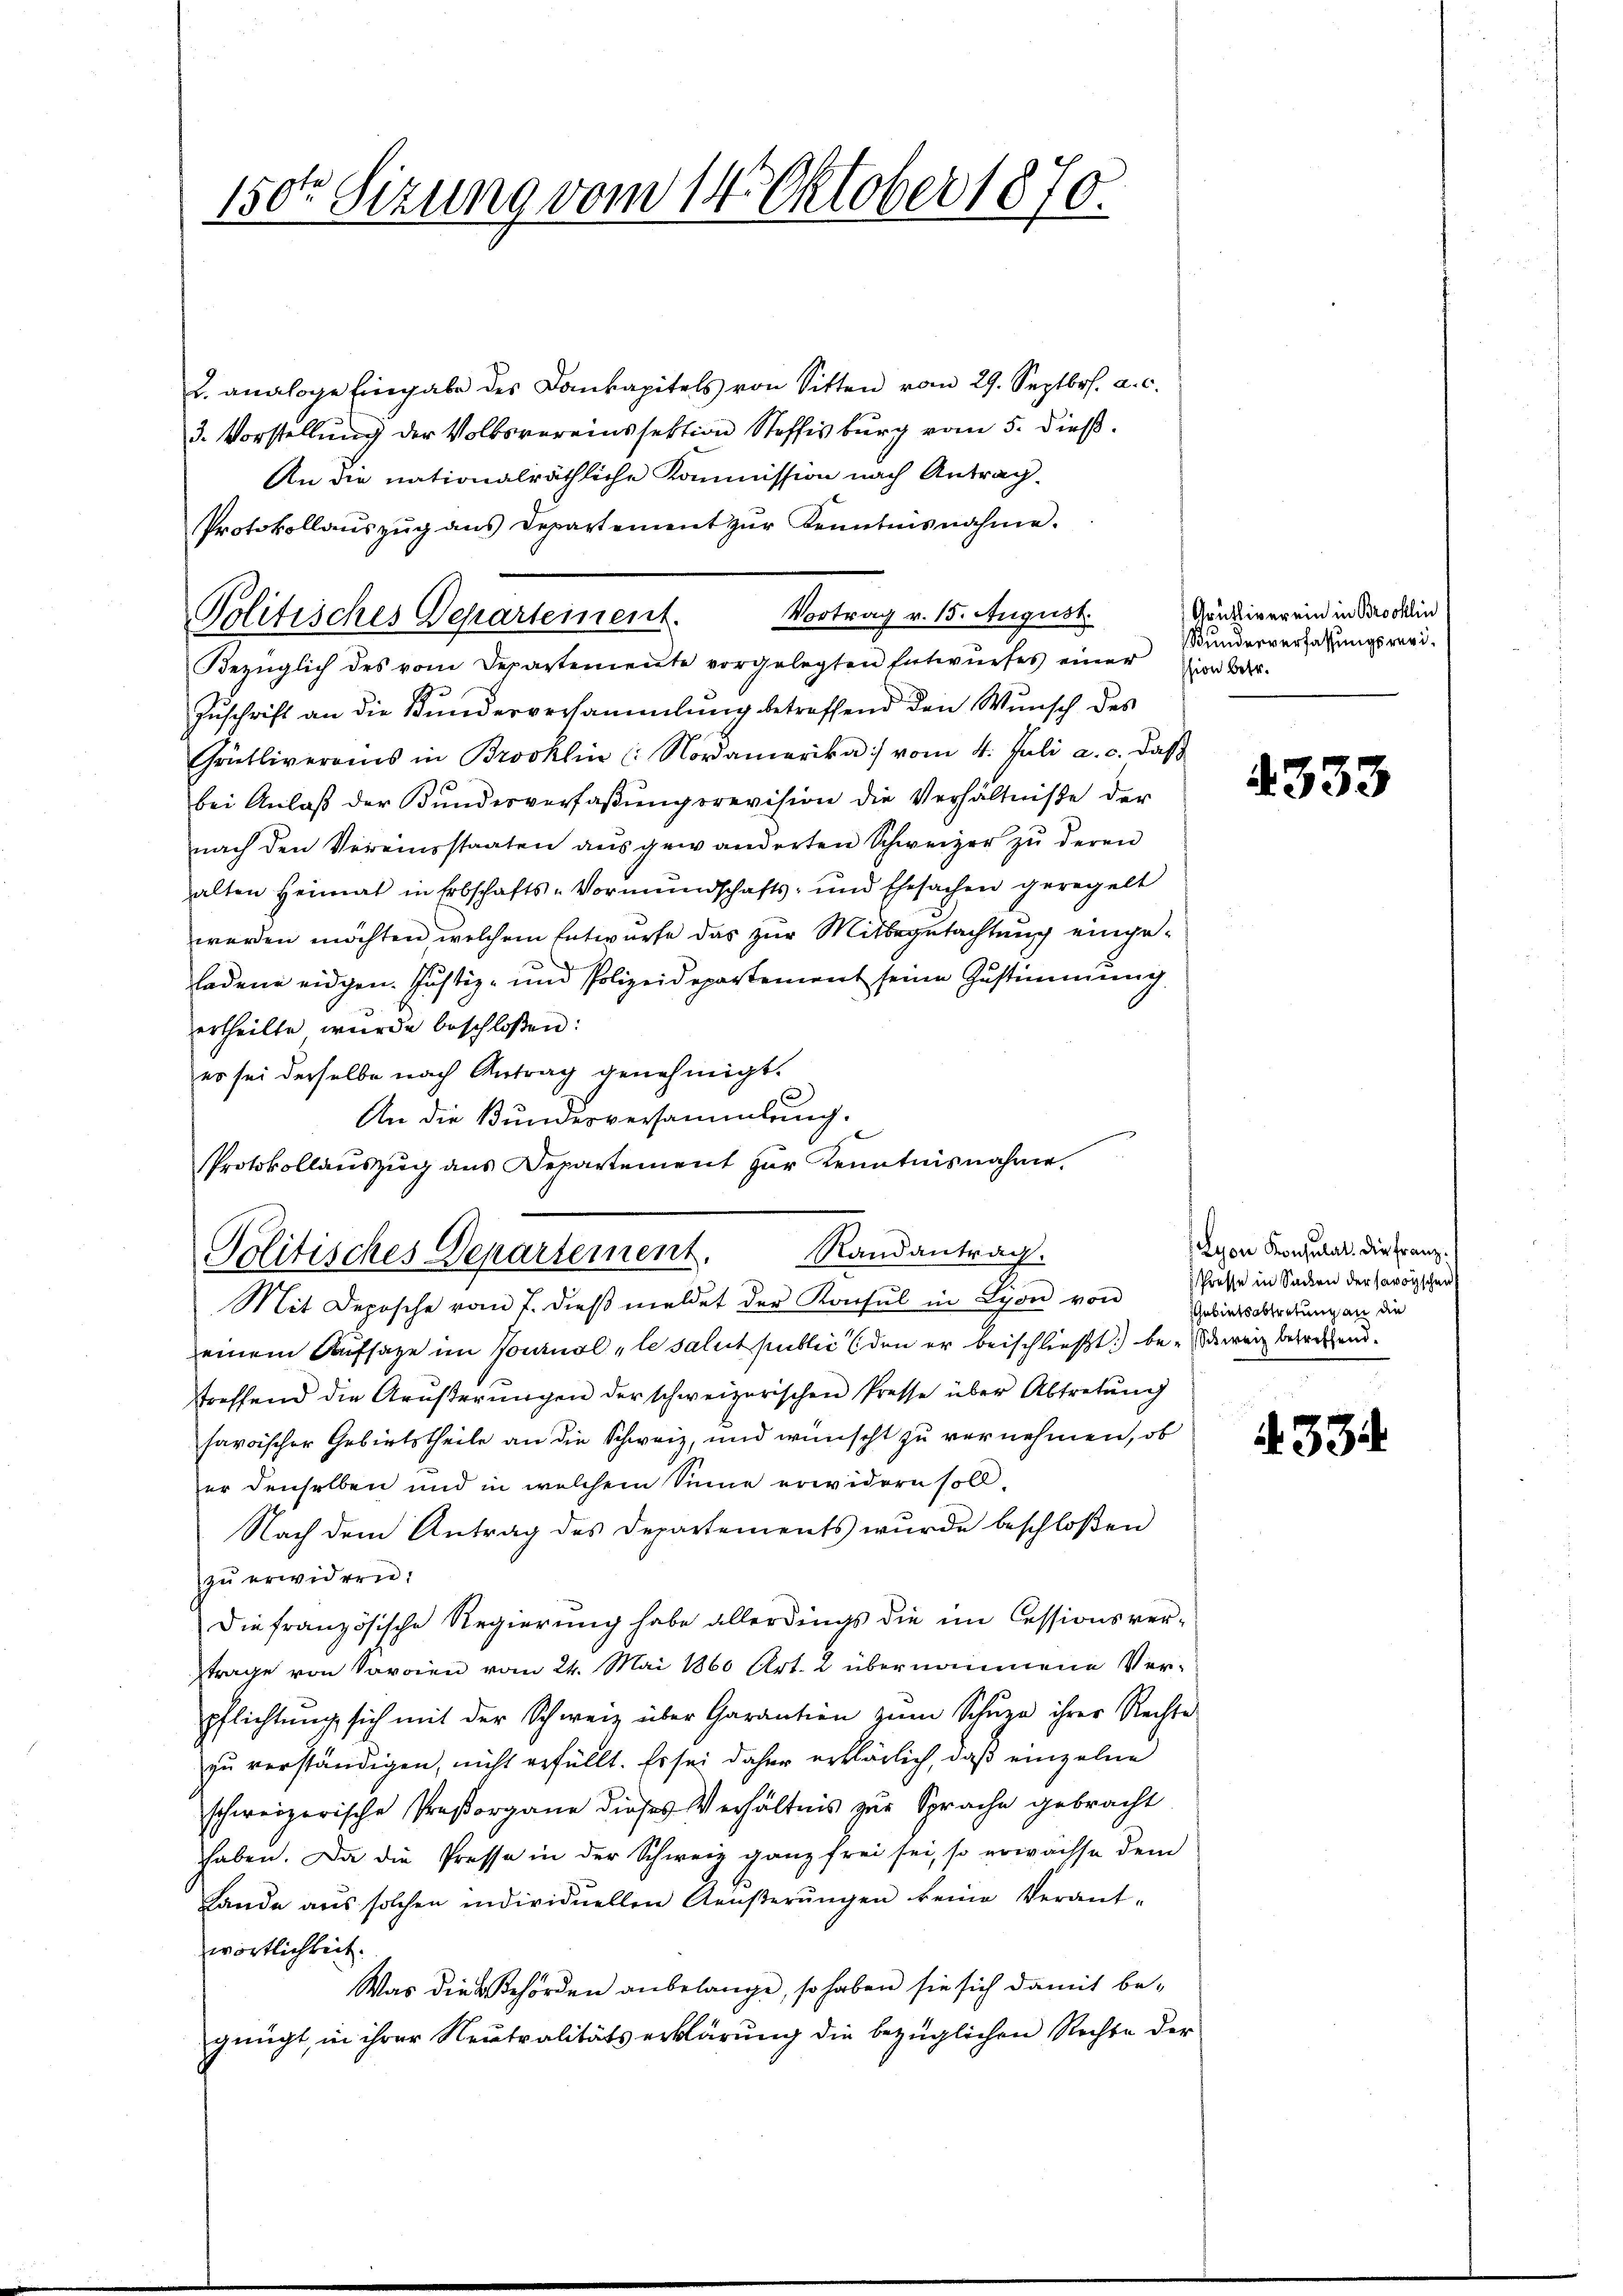
150ten Sizung vom 14. Oktober 1870.

2. analoge Eingabe des Dankapitels von Sitten vom 29. Septbr. a. c.
3. Vorstellung der Volksvereinssektion Steffisburg vom 5. dieß.
An die nationalräthliche Kommission nach Antrag.
Protokollaŭszŭg ans Departement zŭr Kenntnisnahme.
Bezüglich des vom Departemente vorgelegten Entwŭrfes einer Einbar-
Zŭschrift an die Kunderversammlung betreffend den Wunsch des
Grütlivereins in Brooklin (: Nordamerika) vom 4. Juli a. c. daβ
1
bei Anlaβ der Bundesverfaßungsrevision die Verhältniße der
nach den Vereinsstaaten aus gewänderten Schweizer zu deren
alten Heimat in Erbschafts-Vormŭndschafts- und Ehesachen geregelt
werden möchten welchem Entwurfe das zur Mitbegutachtung eingeladene eidgen. Justiz- und Polizeidepartement seine Zustimmung
ertheilte wurde beschlossen:
es sei derselbe nach Antrag genehmigt.
3
An die Bundesversammlung.
Protokollauszug aus Departement zur Kenntnisnahme.

Politisches Departement. Vortrag v. 15. August.

Randantrag.
Politisches Departement.

Mit Deposche vom 7. dieβ meldet der Konsul in Lyon von Gebietsbreitung an die
einem Aufsatze im Nominol „le salut public den er beischließt:) bei Schweiz betreffend.
streffend die Arŭsterŭngen der schweizerischen Presse über Abtretŭng
haroischer Gebietstheile an die Schweiz, und wünscht zu vernehmen, ob
er denselben und in welchem Sinne erwidern soll.
Nach dem Antrag des Departements wurde beschloßen
zu erwidern:
Die französische Regierung habe allerdings die im Cessionsvertrage von Soroien vom 24. Mai 1860 Art. 2 übernommene Verpflichtung sich mit der Schweiz über Garantien zŭm Schŭpn ihrer Rechte
zu verständigen, nicht erfüllt. Es sei daher erklärlich, daß einzelne
schweizerische Proßorgane dieses Verhältnis zur Sprache gebracht
haben. Da die Presse in der Schweiz ganz frei sei, so erwachse dem
Lände aus solchen individuellen Aeŭβerŭngen keine Verant-
wörtlichkeit.
Was die Behörden anbelange, so haben sie sich damit be-
gnügt, in ihrer Neutralitätserklärung die bezüglichen Rechte der

Aruktiverein in Brocklin
Bunderverfassungsrevi¬

4333

Lyon Konsulat. Die Franz
Presse in Sacken der savoyischen

334